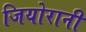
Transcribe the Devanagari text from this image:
जियोरानी